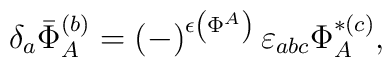
\delta _{a}\bar{\Phi}_{A}^{(b)}=\left( -\right) ^{\epsilon \left( \Phi^{A}\right) }\varepsilon _{abc}\Phi _{A}^{*(c)},